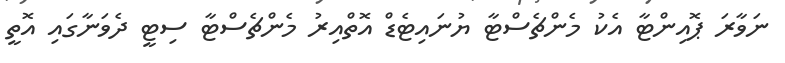
ނަވާރަ ޕޮއިންޓާ އެކު މެންޗެސްޓާ ޔުނައިޓެޑް އޮތްއިރު މެންޗެސްޓާ ސިޓީ ދެވަނާގައި އޮތީ